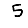
Digit: 5